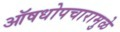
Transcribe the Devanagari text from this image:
ऑषधोपचारामुळे